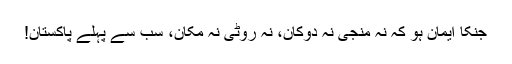
جنکا ایمان ہو کہ نہ منجی نہ دوکان، نہ روٹی نہ مکان، سب سے پہلے پاکستان!